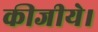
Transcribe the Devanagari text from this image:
कीजीये।